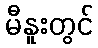
မီနူးတွင်